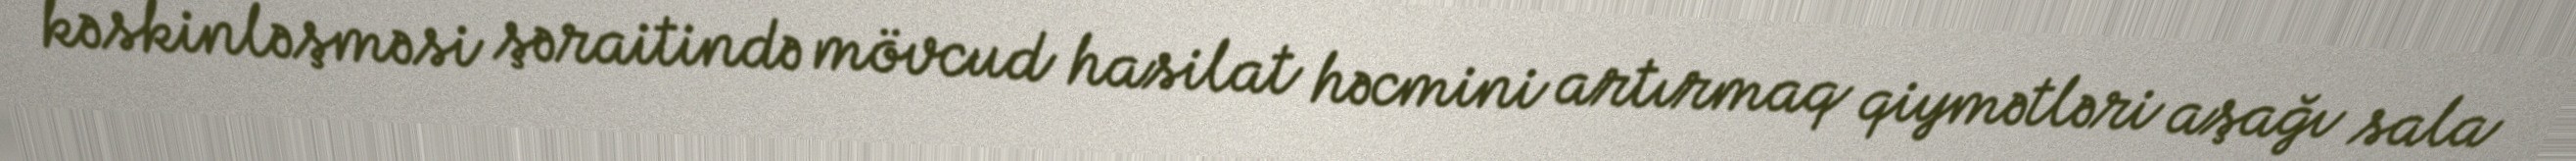
kəskinləşməsi şəraitində mövcud hasilat həcmini artırmaq qiymətləri aşağı sala